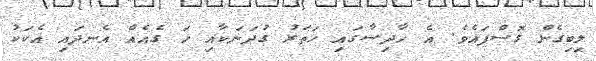
ލިބިގެން ގޮސްފައެވެ. އެ ހާދިސާގައި ހަތަރު ގުދަނަކާއި ހަ ގެއެއް އެނދައި އެކަކު